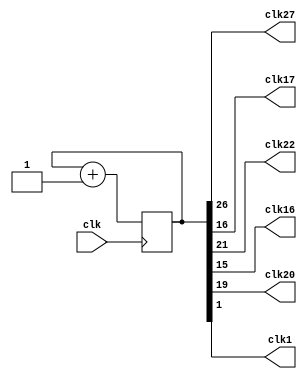
module clock_divisor(clk, clk27,clk17, clk22,clk16,clk20,clk1);
input clk;
output clk27;
output clk17;
output clk22;
output clk16;
output clk20;
output clk1;
reg [26:0] num;
wire [26:0] next_num;

always @(posedge clk) begin
  num <= next_num;
end

assign next_num = num + 1'b1;
assign clk17 = num[16];
assign clk22 = num[21];
assign clk16 = num[15];
assign clk27 = num[26];
assign clk20 = num[19];
assign clk1 = num[1];
endmodule